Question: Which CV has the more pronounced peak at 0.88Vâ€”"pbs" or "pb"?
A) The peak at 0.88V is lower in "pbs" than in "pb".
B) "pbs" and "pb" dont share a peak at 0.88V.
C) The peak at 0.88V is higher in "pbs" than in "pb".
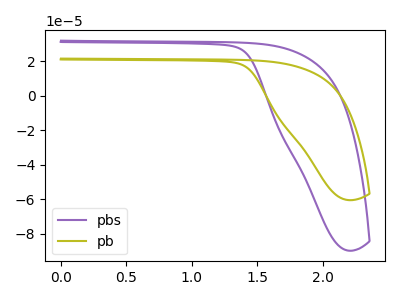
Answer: <think>The purple curve "pbs" has no peaks. The olive curve "pb" has no peaks.</think>
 <answer>B) "pbs" and "pb" dont share a peak at 0.88V.</answer>
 <eval>B</eval>